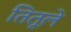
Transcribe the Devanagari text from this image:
तितूले